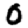
Digit: 0